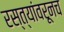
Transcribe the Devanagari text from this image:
रस्त्यांवरूनच